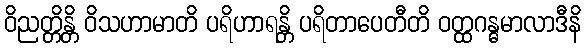
ဝိညတ္တိန္တိ ဝိသဟာမာတိ ပရိဟာရန္တိ ပရိတာပေတီတိ ဝတ္ထဂန္ဓမာလာဒီနိ